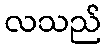
လသည်